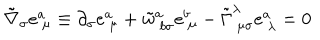
\tilde { \nabla } _ { \sigma } e _ { ~ \mu } ^ { a } \equiv \partial _ { \sigma } e _ { ~ \mu } ^ { a } + \tilde { w } _ { ~ b \sigma } ^ { a } e _ { ~ \mu } ^ { b } - \tilde { \Gamma } _ { ~ \mu \sigma } ^ { \lambda } e _ { ~ \lambda } ^ { a } = 0